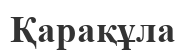
Қарақұла